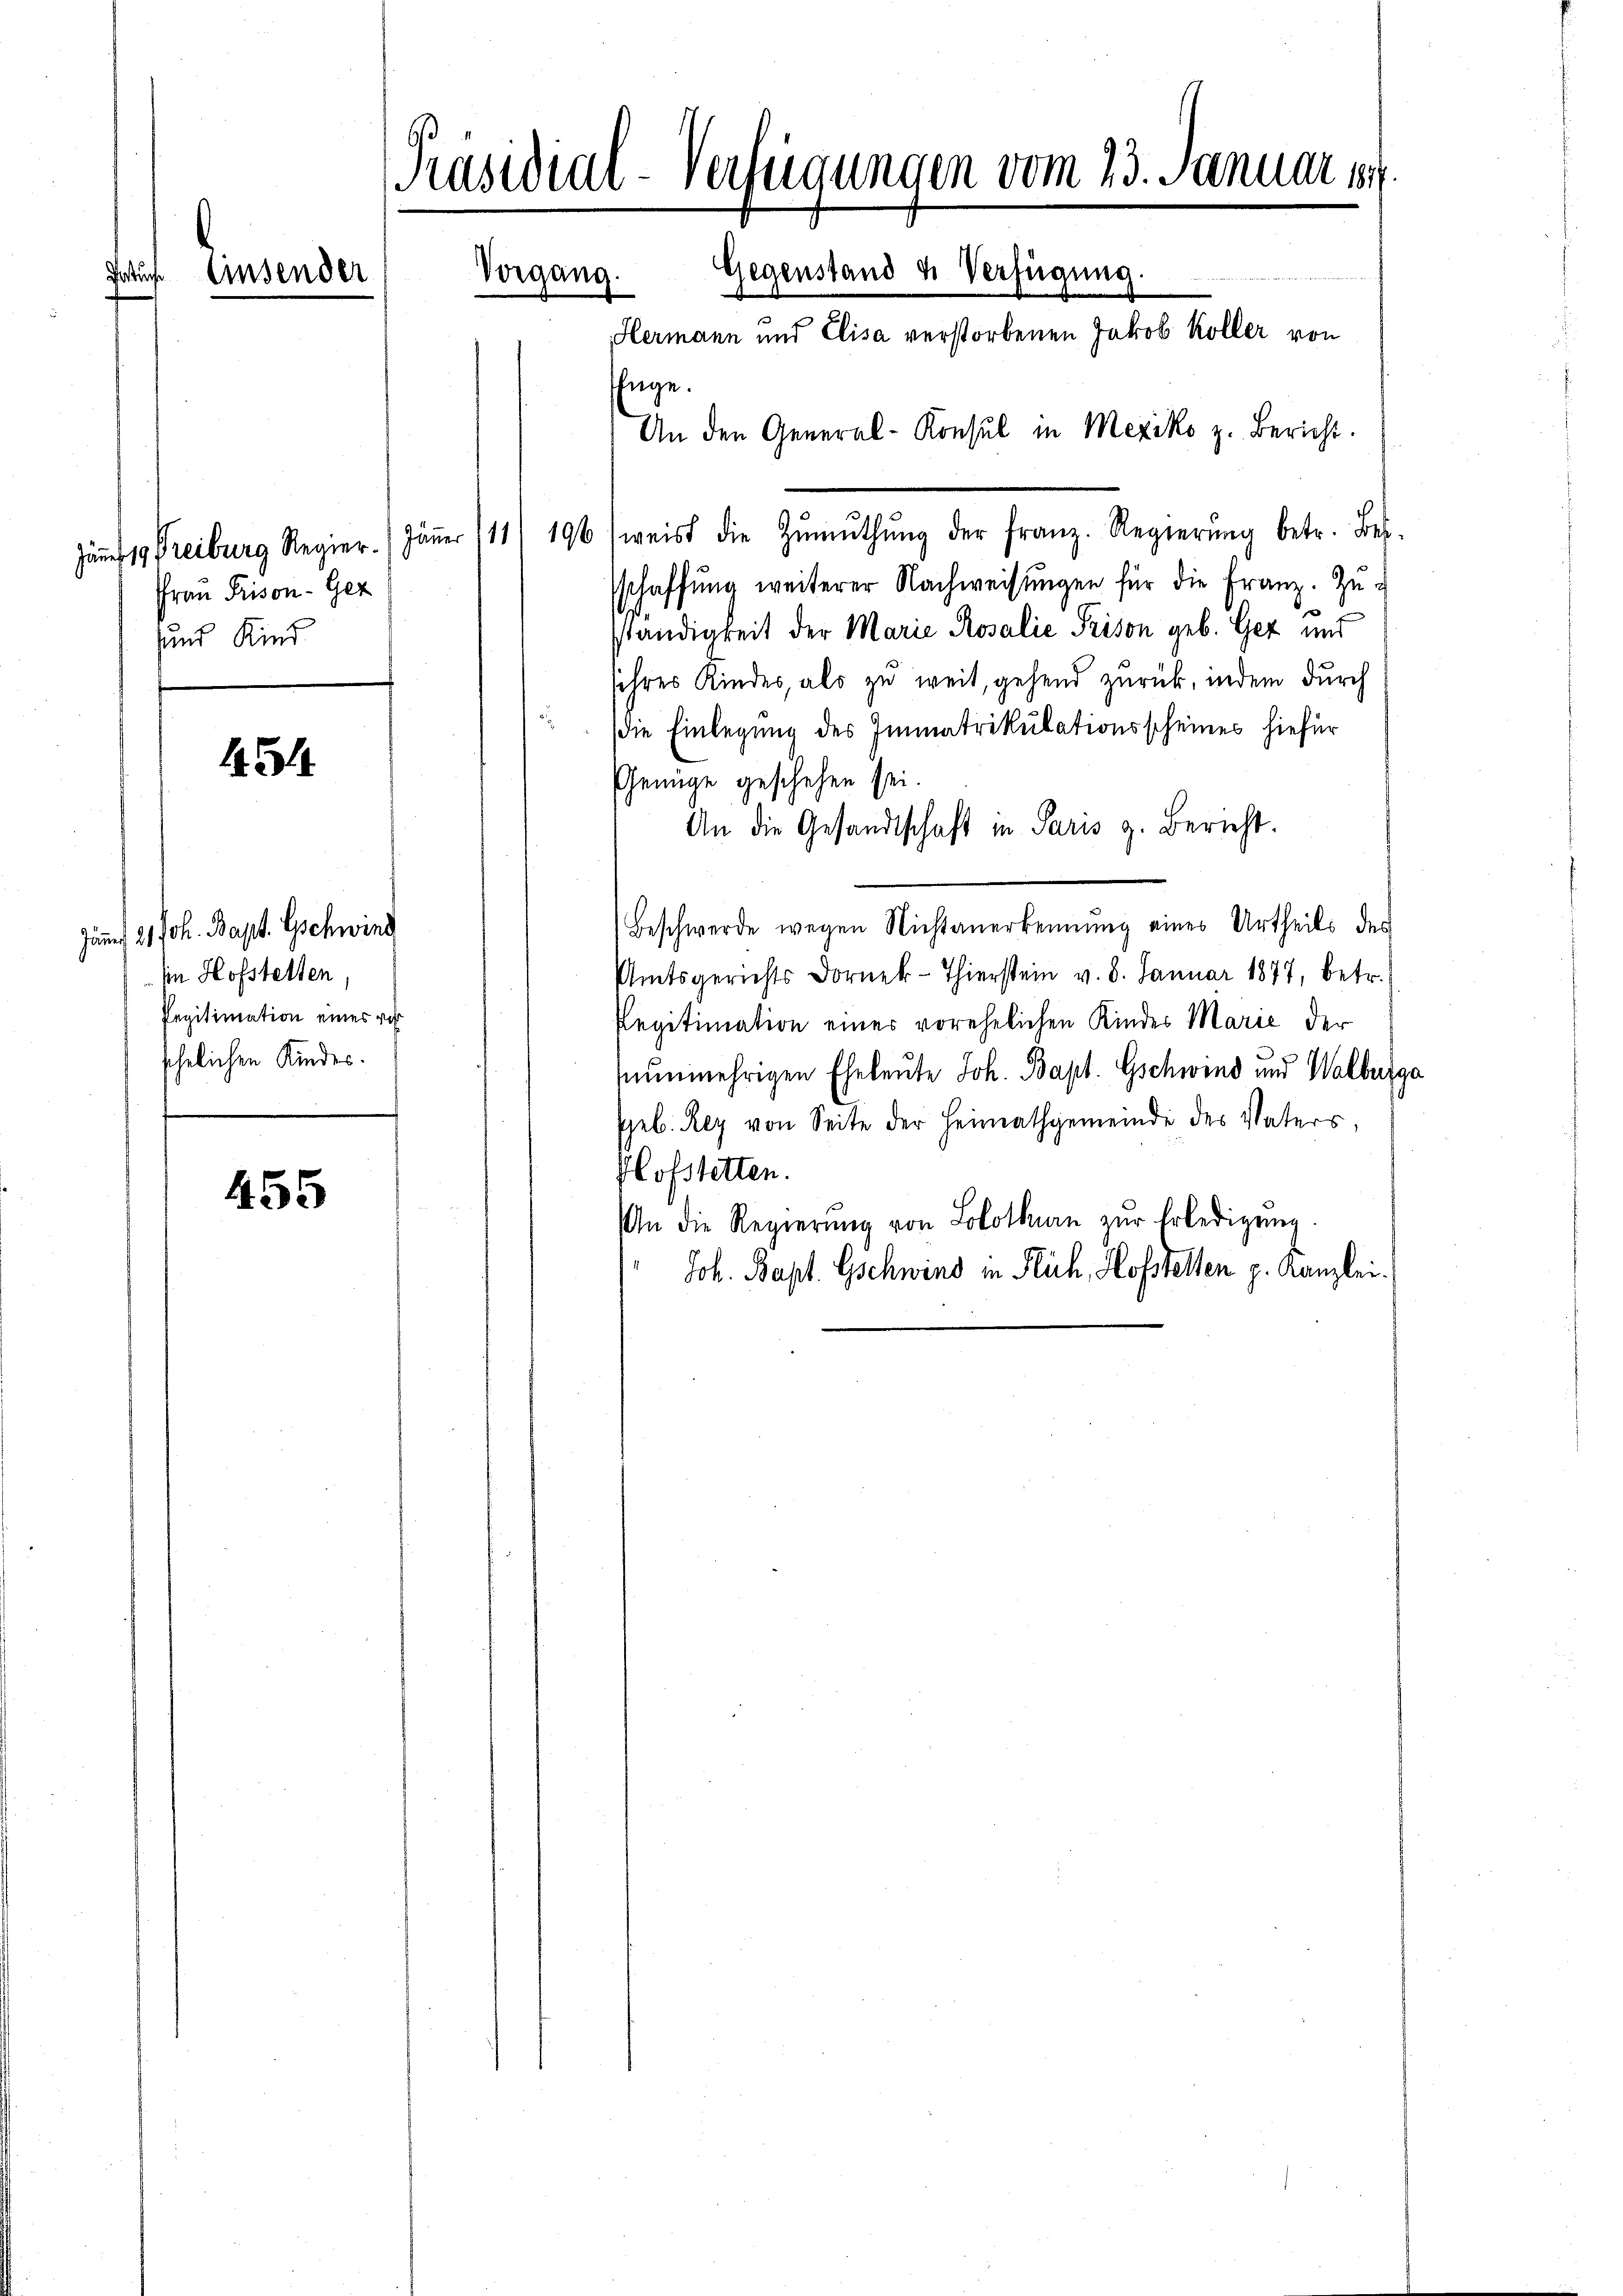
auf. Einsender

45

Jamni 21 Joh. Bapt. Gschwind
in Hofstelten,
Pegitimation eines vo
schelichen Kindes.

455

Präsidial-Verfügungen vom 23. Januar 18
Gegenstand u. Verfügung.
Vorgang.
Hermann und Elisa verstorbenen Jakob Koller von
EEnge.
An den General-Konsul in Mexiko z. Bericht

äf 1. Freiburg Regier. / Jäṅer 111) 196 (weist die Zŭmŭthŭng der franz. Regierŭng betr. Bes
sschaffŭng weiterer Nachweisŭngen für die Franz. Zŭg
ständigkeit der Marie Rosalie Prison geb. Gez und
sihres Kindes, als zu weit, gehend zurück, indem durch
die Einlegung des Immatrikulationsscheines hiefür
Genüge geschehen sei.
An die Gesandtschaft in Paris z. Bericht.
Beschwerde wegen Nichtanerkennung eines Urtheils des
Amtsgerichts Dornek-Thierstein v. 8. Januar 1877, betr.
Pegitimation einer vorehelichen Kindes Marie der
nunmehrigen Eheleute Joh. Bapt. Gschwind und Walburga
Geb. Rey von Seite der Heimathgemeinde des Vaters,
Hofstetten.
An die Regierung von Blotnau zur Erledigung.
Joh. Bapt. Gschwind in Flüch, Hofstellen p. Kanzlei.

Frau Prison - Gez
und Kind